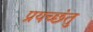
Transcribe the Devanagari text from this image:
प्रयच्छंतु